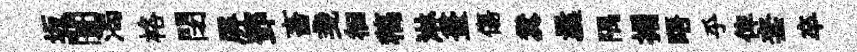
坂闠渴格閉屏鄧畜戔徊稿淋畫傷糞曩隅搨晤乎俾套卒